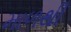
માળથી